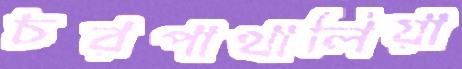
চরপাথালিয়া